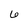
Character: 6